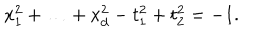
x _ { 1 } ^ { 2 } + \ldots + x _ { d } ^ { 2 } - t _ { 1 } ^ { 2 } + t _ { 2 } ^ { 2 } = - 1 .